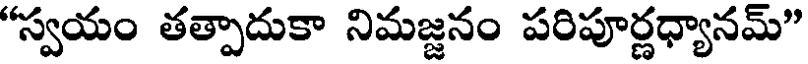
"స్వయం తత్పాదుకా నిమజ్జనం పరిపూర్ణధ్యానమ్"